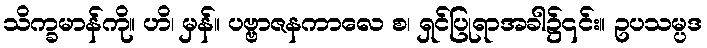
သိက္ခမာန်ကို။ ဟိ၊ မှန်။ ပဗ္ဗာဇနကာလေ စ၊ ရှင်ပြုရာအခါ၌၎င်း။ ဥပသမ္ပဒ